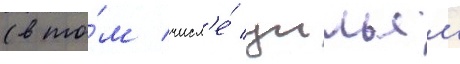
(в то́м числ'е́ уильям